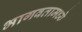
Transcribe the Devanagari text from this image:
भागवतामध्ये